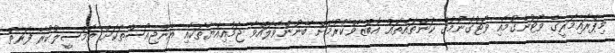
މިޕްރައިމަރީގެ ވޯޓުނެގުމާއި ވޯޓުގުނުމުގެ ކަންތައްތައް އޮބްޒާވްކުރުމަށް ބޭނުންވެލައްވާ ޖަމުއިއްޔާތަކާއި އެންޖިއޯސްތަކަށް ތަމްސީލުކުރާ ފަރާތް